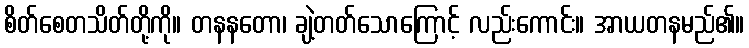
စိတ်စေတသိတ်တို့ကို။ တနနတော၊ ချဲ့တတ်သောကြောင့် လည်းကောင်း။ အာယတနမည်၏။